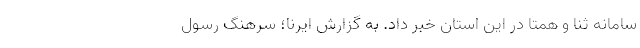
سامانه ثنا و همتا در این استان خبر داد. به گزارش ایرنا؛ سرهنگ رسول